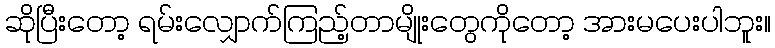
ဆိုပြီးတော့ ရမ်းလျှောက်ကြည့်တာမျိုးတွေကိုတော့ အားမပေးပါဘူး။